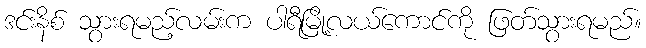
ဒင်းနိစ် သွားရမည့်လမ်းက ပါရီမြို့လယ်ကောင်ကို ဖြတ်သွားရမည်။